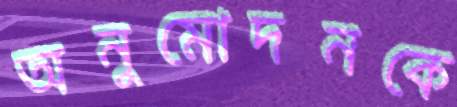
অনুমোদনকে